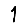
Digit: 1